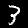
Digit: 3